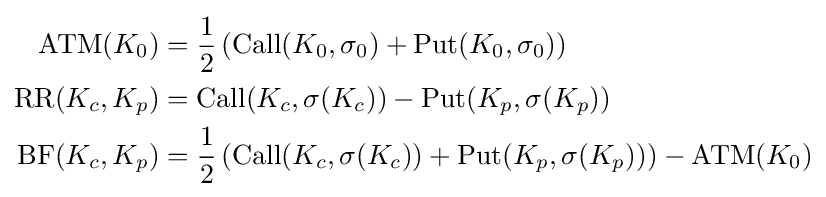
{\begin{aligned}{\textrm {ATM}}(K_{0})&={\frac {1}{2}}\left({\textrm {Call}}(K_{0},\sigma _{0})+{\textrm {Put}}(K_{0},\sigma _{0})\right)\\{\textrm {RR}}(K_{c},K_{p})&={\textrm {Call}}(K_{c},\sigma (K_{c}))-{\textrm {Put}}(K_{p},\sigma (K_{p}))\\{\textrm {BF}}(K_{c},K_{p})&={\frac {1}{2}}\left({\textrm {Call}}(K_{c},\sigma (K_{c}))+{\textrm {Put}}(K_{p},\sigma (K_{p}))\right)-{\textrm {ATM}}(K_{0})\end{aligned}}